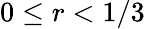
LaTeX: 0\leq r<1/3